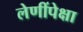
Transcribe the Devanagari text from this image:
लेणींपेक्षा